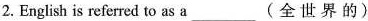
2.English is referred to as a___(全世界的)